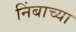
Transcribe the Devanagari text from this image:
निंबाच्या